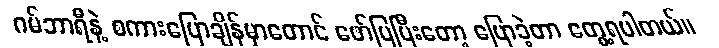
ဂမ်ဘာရီနဲ့ စကားပြောချိန်မှာတောင် ဖော်ပြပြီးတော့ ပြောခဲ့တာ တွေ့ရပါတယ်။